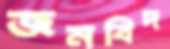
জনবিদ